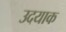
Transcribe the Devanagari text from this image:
उदयाक